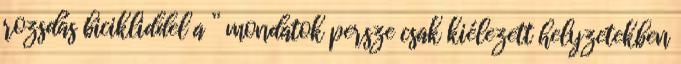
rozsdás bicikliddel a ” mondatok persze csak kiélezett helyzetekben